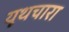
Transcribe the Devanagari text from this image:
यूथचारा